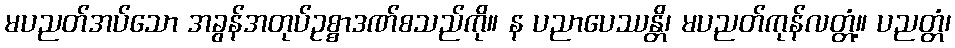
မပညတ်အပ်သော အခွန်အတုပ်ဥစ္စာဒဏ်စသည်ကို။ န ပညာပေဿန္တိ၊ မပညတ်ကုန်လတ္တံ့။ ပညတ္တံ၊